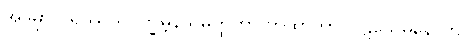
အဒမှာ ပရိဿယဝိက္ခမ္ဘနသမတ္ထတာ တထာဘာဝပဋိသေဓနောတိ